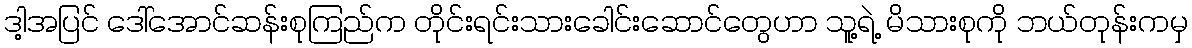
ဒါ့အပြင် ဒေါ်အောင်ဆန်းစုကြည်က တိုင်းရင်းသားခေါင်းဆောင်တွေဟာ သူ့ရဲ့ မိသားစုကို ဘယ်တုန်းကမှ